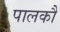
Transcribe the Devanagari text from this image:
पालकौं